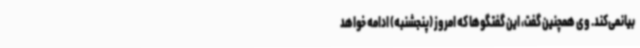
بیانمی‌کند. وی همچنین گفت، این گفتگوها که امروز (پنجشنبه) ادامه خواهد